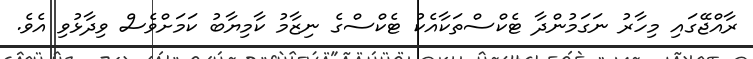
ރާއްޖޭގައި މިހާރު ނަގަމުންދާ ޓެކްސްތަކާއެކު ޓެކްސްގެ ނިޒާމު ކާމިޔާބު ކަމަށްވެސް ވިދާޅުވި އެވެ.